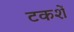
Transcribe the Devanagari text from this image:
टकशें